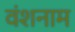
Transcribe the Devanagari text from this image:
वंशनाम